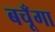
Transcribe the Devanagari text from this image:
बचूँगा